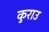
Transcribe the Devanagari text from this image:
कुराउ